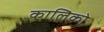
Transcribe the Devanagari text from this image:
कालिको